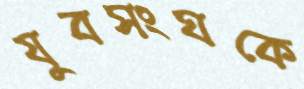
যুবসংঘকে